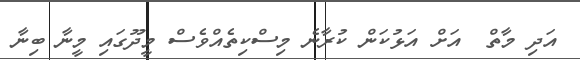
އަދި މާތް  އަށް އަޅުކަން ކުރާނެ މިސްކިތެއްވެސް މީދޫގައި މީނާ ބިނާ